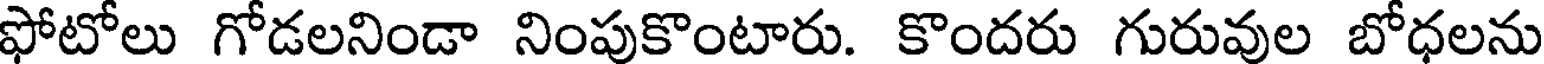
ఫోటోలు గోడలనిండా నింపుకొంటారు. కొందరు గురువుల బోధలను